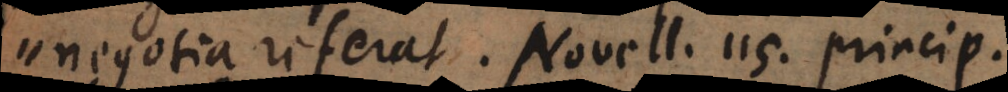
negotia referat. Novell. 115. princip.